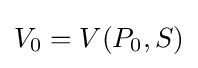
V_{0}=V(P_{0},S)